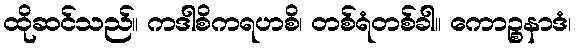
ထိုဆင်သည်။ ကဒါစိကရဟစိ၊ တစ်ရံတစ်ခါ။ ကောဉ္စနာဒံ၊